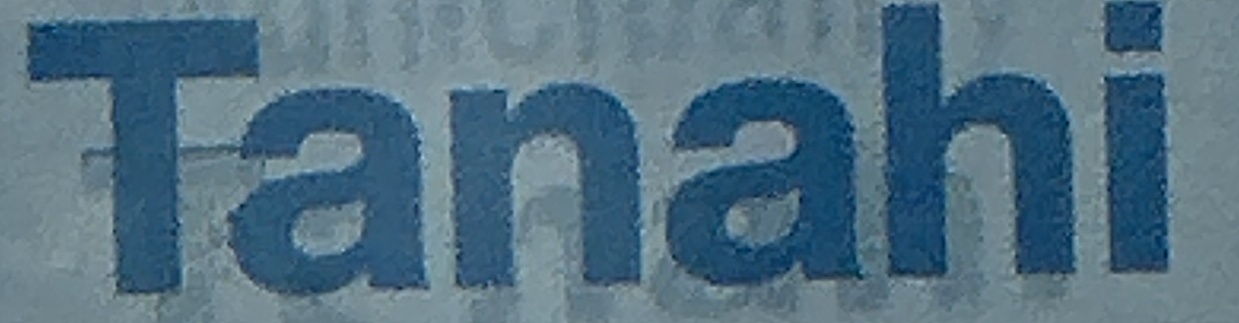
Tanahi